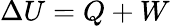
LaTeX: \Delta U=Q+W